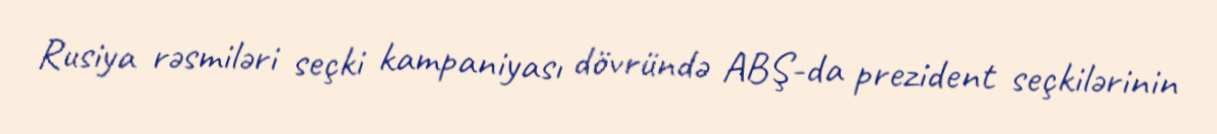
Rusiya rəsmiləri seçki kampaniyası dövründə ABŞ-da prezident seçkilərinin